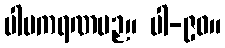
ပါပကရဏပဉှ။ ပါ-၉၀။